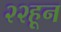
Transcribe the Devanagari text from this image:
२२हून